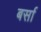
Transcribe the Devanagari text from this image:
बर्सा